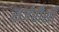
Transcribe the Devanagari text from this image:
सर्जरीशी